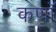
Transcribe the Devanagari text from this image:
कणॉ